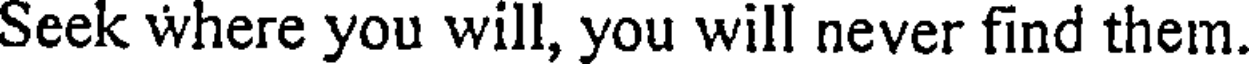
Seek where you will, you will never find them.